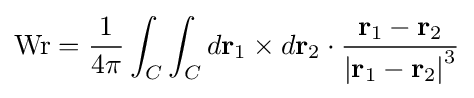
\operatorname {Wr} ={\frac {1}{4\pi }}\int _{C}\int _{C}d\mathbf {r} _{1}\times d\mathbf {r} _{2}\cdot {\frac {\mathbf {r} _{1}-\mathbf {r} _{2}}{\left|\mathbf {r} _{1}-\mathbf {r} _{2}\right|^{3}}}